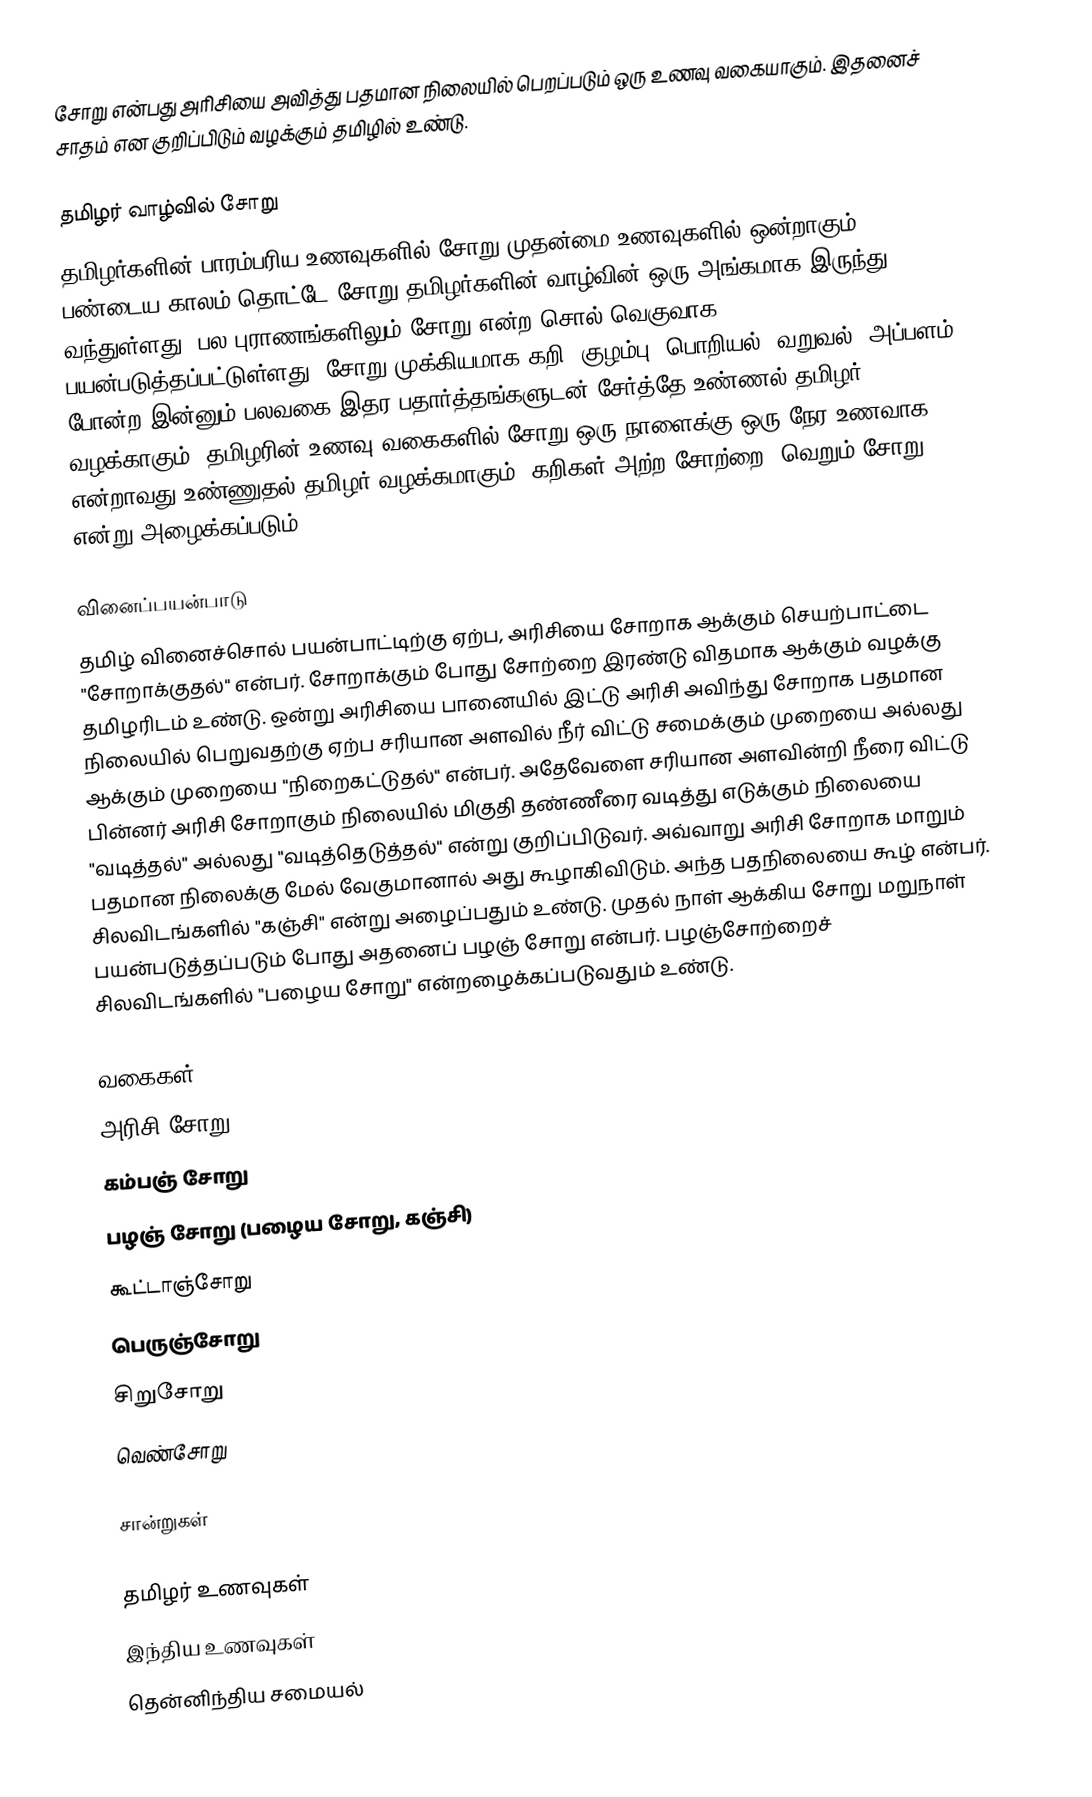
சோறு என்பது அரிசியை அவித்து பதமான நிலையில் பெறப்படும் ஒரு உணவு வகையாகும். இதனைச் சாதம் என குறிப்பிடும் வழக்கும் தமிழில் உண்டு.

தமிழர் வாழ்வில் சோறு
தமிழர்களின் பாரம்பரிய உணவுகளில் சோறு முதன்மை உணவுகளில் ஒன்றாகும். பண்டைய காலம் தொட்டே சோறு தமிழர்களின் வாழ்வின் ஒரு அங்கமாக இருந்து வந்துள்ளது. பல புராணங்களிலும் சோறு என்ற சொல் வெகுவாக பயன்படுத்தப்பட்டுள்ளது. சோறு முக்கியமாக கறி, குழம்பு, பொறியல், வறுவல், அப்பளம் போன்ற இன்னும் பலவகை இதர பதார்த்தங்களுடன் சேர்த்தே உண்ணல் தமிழர் வழக்காகும். தமிழரின் உணவு வகைகளில் சோறு ஒரு நாளைக்கு ஒரு நேர உணவாக என்றாவது உண்ணுதல் தமிழர் வழக்கமாகும். கறிகள் அற்ற சோற்றை "வெறும் சோறு" என்று அழைக்கப்படும்.

வினைப்பயன்பாடு
தமிழ் வினைச்சொல் பயன்பாட்டிற்கு ஏற்ப, அரிசியை சோறாக ஆக்கும் செயற்பாட்டை "சோறாக்குதல்" என்பர். சோறாக்கும் போது சோற்றை இரண்டு விதமாக ஆக்கும் வழக்கு தமிழரிடம் உண்டு. ஒன்று அரிசியை பானையில் இட்டு அரிசி அவிந்து சோறாக பதமான நிலையில் பெறுவதற்கு ஏற்ப சரியான அளவில் நீர் விட்டு சமைக்கும் முறையை அல்லது ஆக்கும் முறையை "நிறைகட்டுதல்" என்பர். அதேவேளை சரியான அளவின்றி நீரை விட்டு பின்னர் அரிசி சோறாகும் நிலையில் மிகுதி தண்ணீரை வடித்து எடுக்கும் நிலையை "வடித்தல்" அல்லது "வடித்தெடுத்தல்" என்று குறிப்பிடுவர். அவ்வாறு அரிசி சோறாக மாறும் பதமான நிலைக்கு மேல் வேகுமானால் அது கூழாகிவிடும். அந்த பதநிலையை கூழ் என்பர். சிலவிடங்களில் "கஞ்சி" என்று அழைப்பதும் உண்டு. முதல் நாள் ஆக்கிய சோறு மறுநாள் பயன்படுத்தப்படும் போது அதனைப் பழஞ் சோறு என்பர். பழஞ்சோற்றைச் சிலவிடங்களில் "பழைய சோறு" என்றழைக்கப்படுவதும் உண்டு.

வகைகள்
அரிசி சோறு
கம்பஞ் சோறு
பழஞ் சோறு (பழைய சோறு, கஞ்சி)
 கூட்டாஞ்சோறு
  பெருஞ்சோறு
 சிறுசோறு
 வெண்சோறு

சான்றுகள்

தமிழர் உணவுகள்
இந்திய உணவுகள்
தென்னிந்திய சமையல்